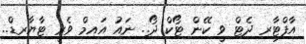
އާފްޓާރ ދެޓް ވީ ކޭން ޓޯކް ދޯ.. ނައު އައިމް ވެރީ ޓާޔާރޑް..